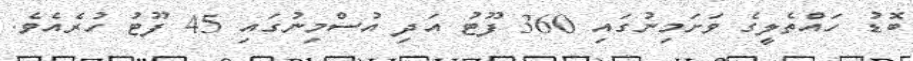
ބޮޑު ހައްތެލީގެ ވަށަމިނުގައި 360 ފޫޓު އަދި އުސްމިނުގައި 45 ފޫޓު ހުރެއެވެ.